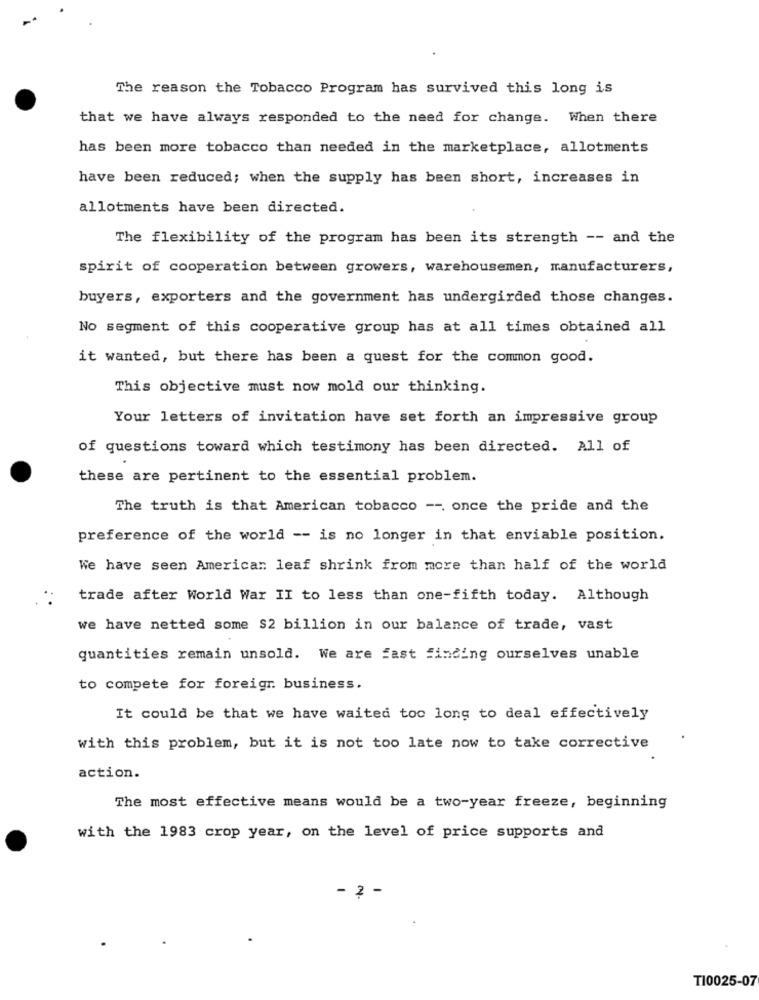
The reason the Tobacco Program has survived this long is
that we have always responded to the need for change. When there
has been more tobacco than needed in the marketplace, allotments
have been reduced; when the supply has been short, increases in
allotments have been directed.
The flexibility of the program has been its strength -- and the
spirit of cooperation between growers, warehousemen, manufacturers,
buyers, exporters and the government has undergirded those changes.
No segment of this cooperative group has at all times obtained all
it wanted, but there has been a quest for the common good.
This objective must now mold our thinking.
Your letters of invitation have set forth an impressive group
of questions toward which testimony has been directed. All of
these are pertinent to the essential problem.
The truth is that American tobacco -- once the pride and the
preference of the world -- is no longer in that enviable position.
We have seen American leaf shrink from more than half of the world
trade after World War II to less than one-fifth today. Although
we have netted some $2 billion in our balance of trade, vast
quantities remain unsold. We are fast finding ourselves unable
to compete for foreign business.
It could be that we have waited too long to deal effectively
with this problem, but it is not too late now to take corrective
action.
The most effective means would be a two-year freeze, beginning
with the 1983 crop year, on the level of price supports and
- 2 -
T10025-07